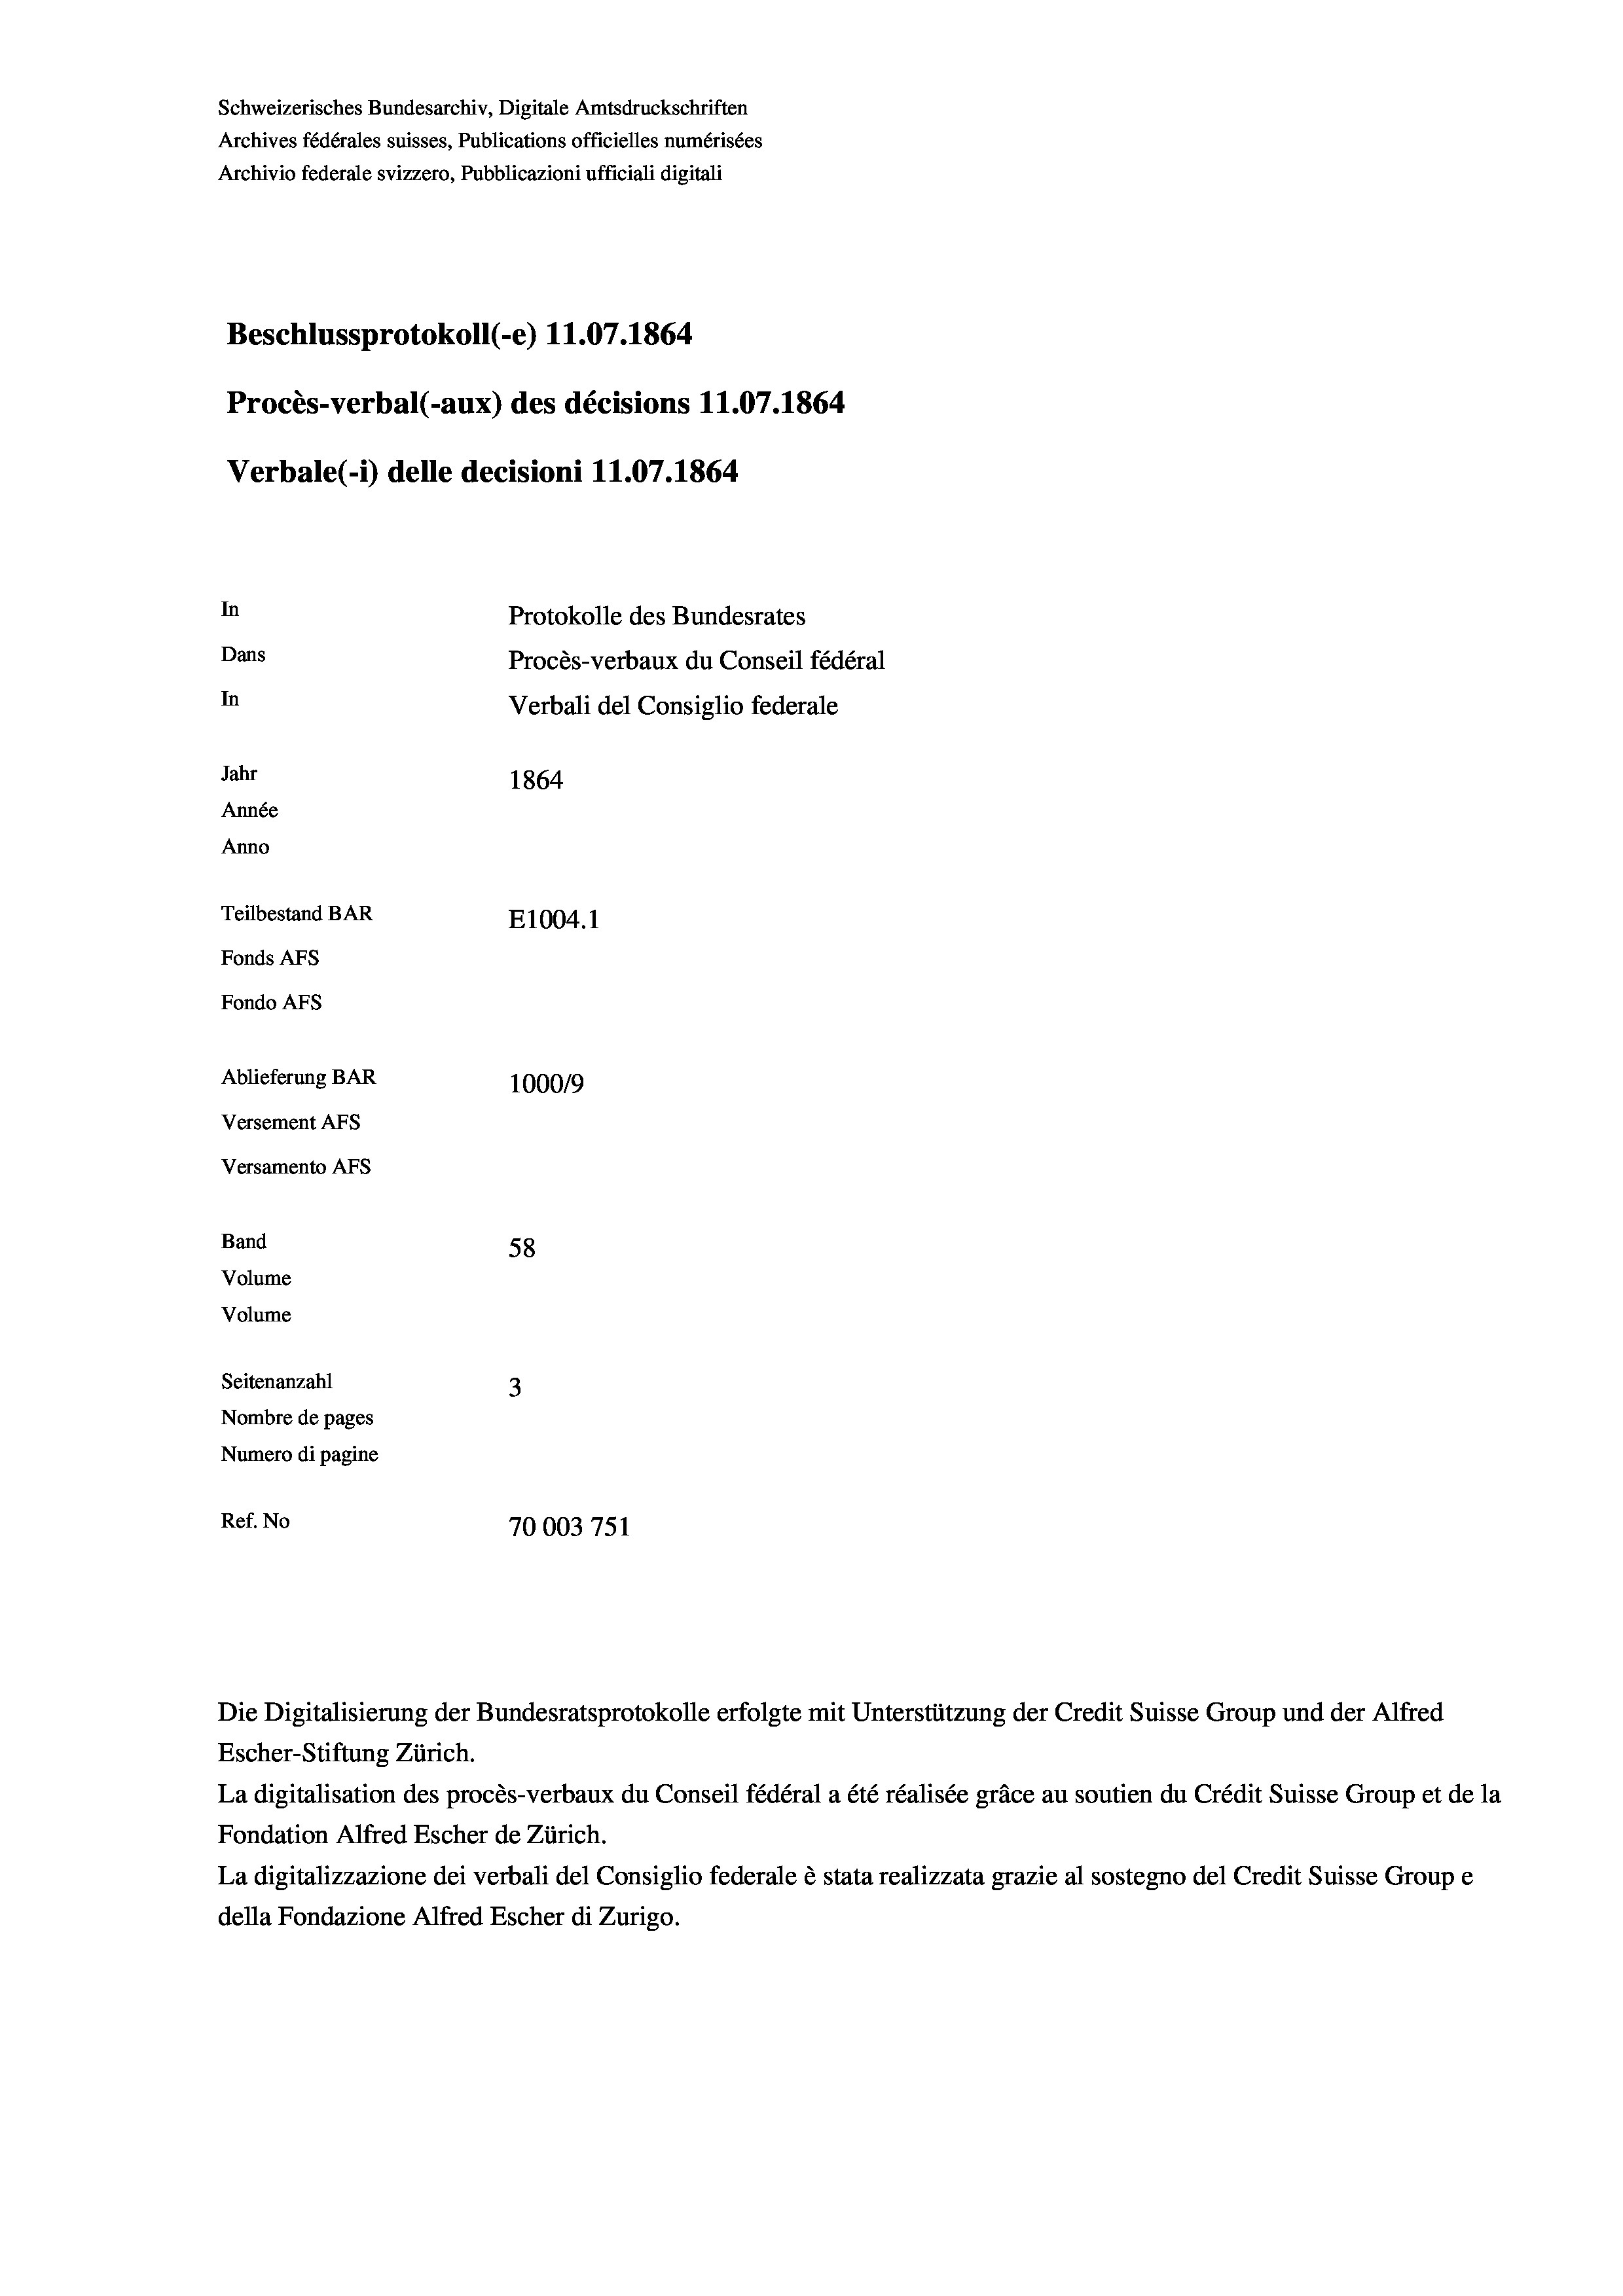
Schweizerisches Bundesarchiv, Digitale Amtsdruckschriften
Archives fédérales suisses, Publications officielles numérisées
Archivio federale svizzero, Pubblicazioni ufficiali digitali
Beschlussprotokoll (-e) 11.07. 1864
Procès-verbal (-aux) des décisions 11.07.1864
Verbale (i) delle decisioni 11.07. 1864
In
Protokolle des Bundesrates
Dans
Procès-verbaux du Conseil fédéral
In
Verbali del Consiglio federale
Jahr
1864
Année
Anno
Teilbestand BAR
E1004. 1
Fonds Afs
Fondo AFs

Ablieferung BAR
Versement AFs
Versamento Afs
Band
Volume
Volume

100019
58
Seitenanzahl
3
Nombre de pages
Numero di pagine
Ref. No
70003751

Escher-Stiftung Zürich.
La digitalisation des procès-verbaux du Conseil fédéral a été réalisée gräce au soutien du Crédit Suisse Group et de la
Fondation Alfred Escher de Zürich.
La digitalizzazione dei verbali del Consiglio federale è stata realizzata grazie al sostegno del Credit Suisse Groupe
della Fondazione Alfred Escher di Zurigo.

Die Digitalisierung der Bundesratsprotokolle erfolgte mit Unterstützung der Credit Suisse Group und der Alfred